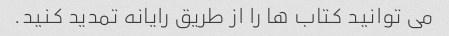
می توانید کتاب ها را از طریق رایانه تمدید کنید.